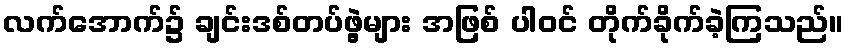
လက်အောက်၌ ချင်းဒစ်တပ်ဖွဲ့များ အဖြစ် ပါဝင် တိုက်ခိုက်ခဲ့ကြသည်။